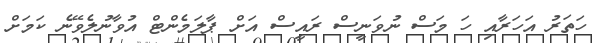
ހަތަރު އަހަރާއި ހަ މަސް ނުވަނީސް ރައީސް އަށް ޕާލަމެންޓް އުވާނުލެވޭނެ ކަމަށް